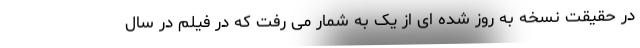
در حقیقت نسخه به روز شده ای از یک به شمار می رفت که در فیلم در سال